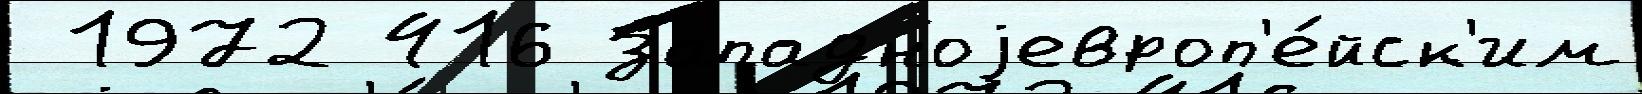
 1972 416 западноjевроп'е́йск'им